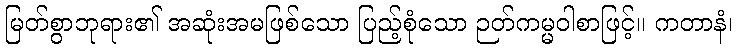
မြတ်စွာဘုရား၏ အဆုံးအမဖြစ်သော ပြည့်စုံသော ဉတ်ကမ္မဝါစာဖြင့်။ ကတာနံ၊